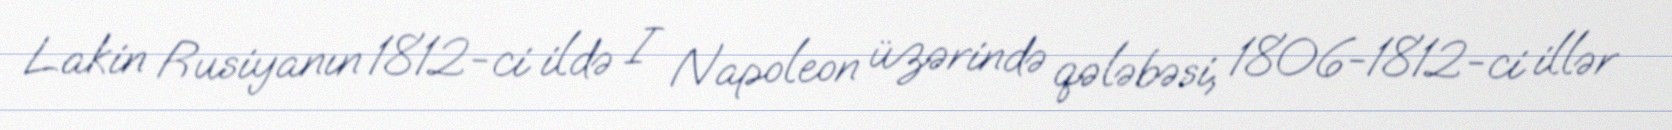
Lakin Rusiyanın 1812-ci ildə I Napoleon üzərində qələbəsi, 1806-1812-ci illər